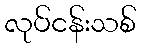
လုပ်ငန်းသစ်